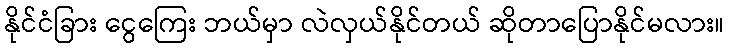
နိုင်ငံခြား ငွေကြေး ဘယ်မှာ လဲလှယ်နိုင်တယ် ဆိုတာပြောနိုင်မလား။